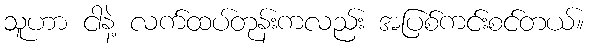
သူဟာ ငါနဲ့ လက်ထပ်တုန်းကလည်း အပြစ်ကင်းစင်တယ်။